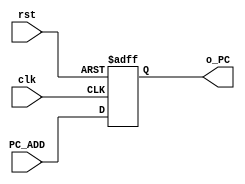
module PC(
    input               clk,
    input               rst,
    input      [7:0]    PC_ADD,
    output reg [7:0]    o_PC
);

always @(posedge clk or posedge rst) begin
    if(rst)
        o_PC <= 0;
    else
        o_PC <= PC_ADD;
end
endmodule